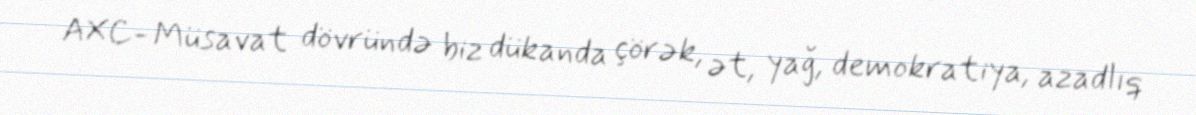
AXC- Müsavat dövründə biz dükanda çörək, ət, yağ, demokratiya, azadlıq